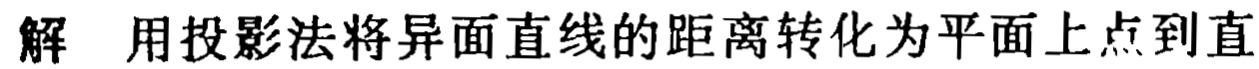
解 用投影法将异面直线的距离转化为平面上点到直